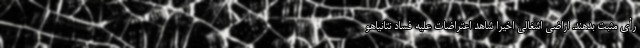
رأی مثبت بدهند. اراضی اشغالی اخیرا شاهد اعتراضات علیه فساد نتانیاهو